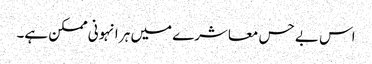
اس بے حس معاشرے میں ہر انہونی ممکن ہے۔